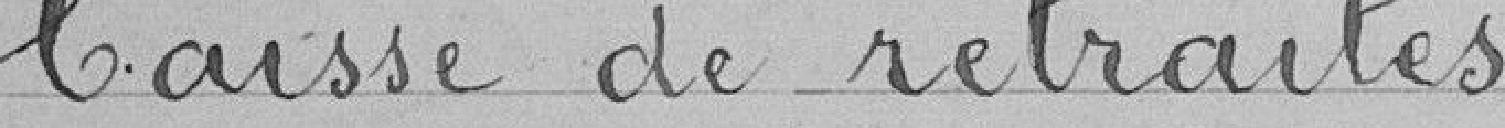
Caisse de retraites